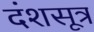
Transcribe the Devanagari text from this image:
दंशसूत्र